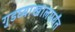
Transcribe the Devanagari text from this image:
गुडघ्याखालपर्यंत